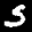
Label: 5